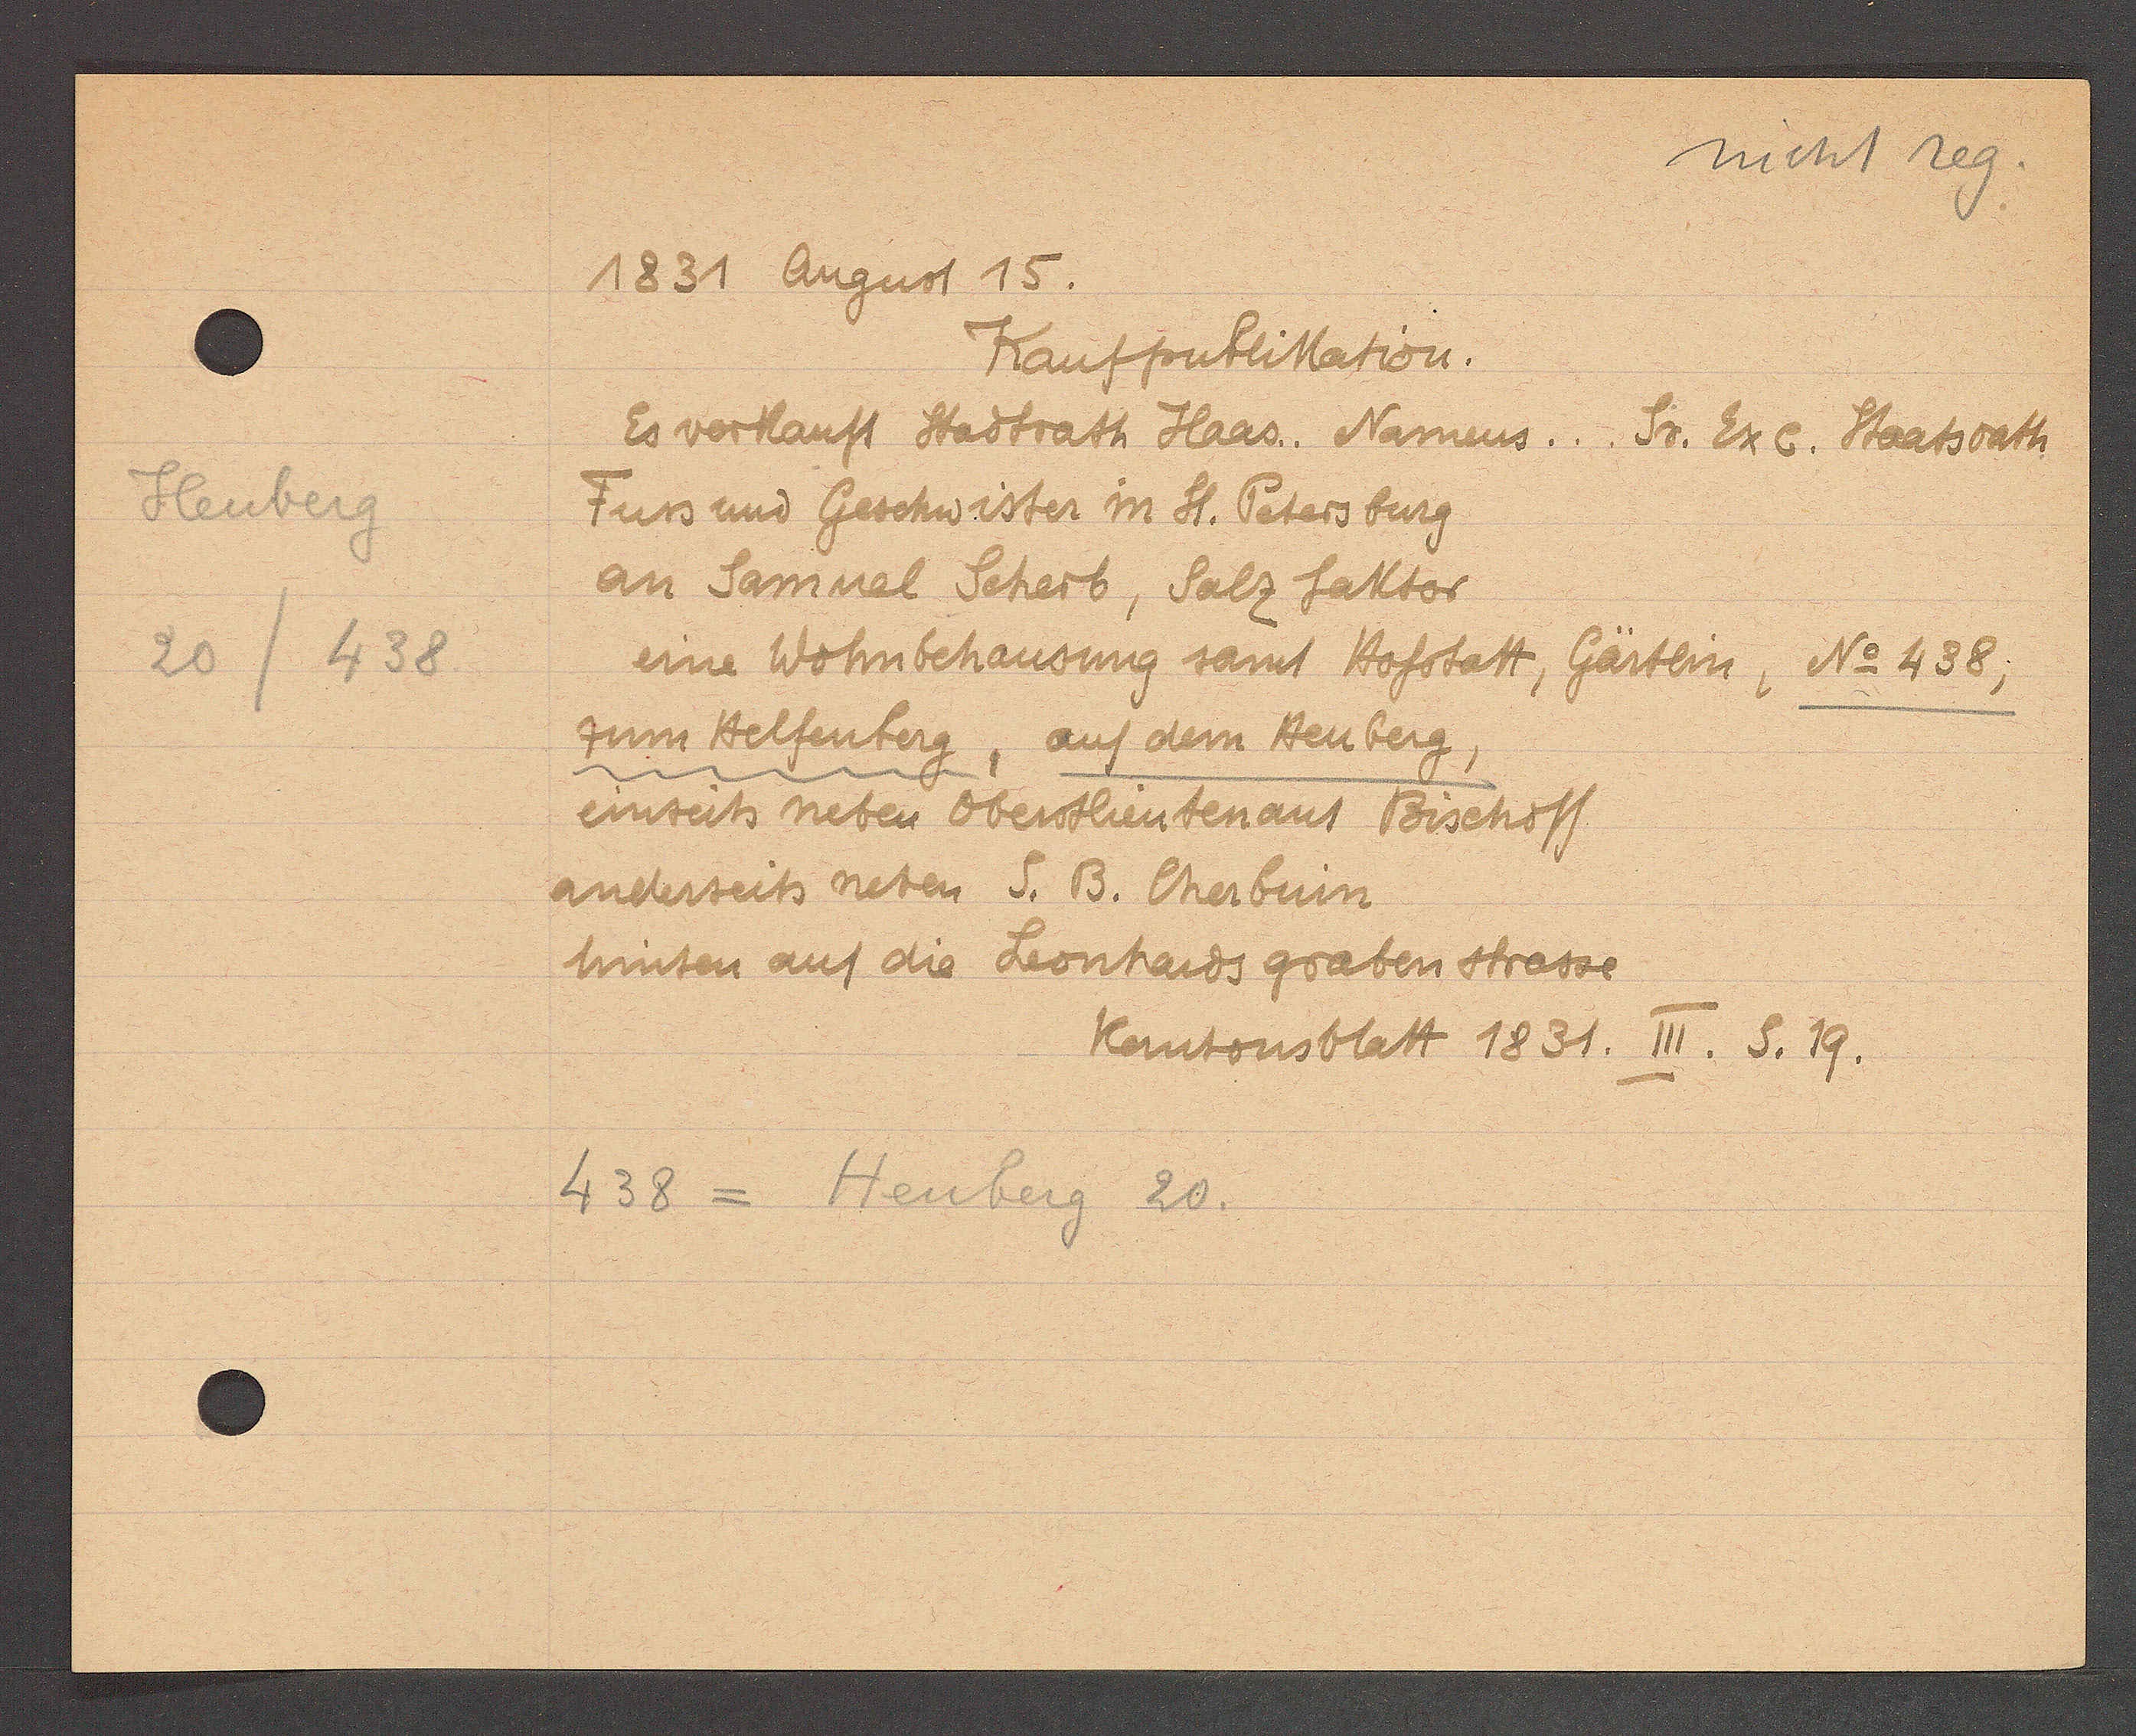
Transcript:
Heuberg
20 /438

1831 August 15.

Kaufpublikation.
Es verkauft Stadtrath Haas.. Nameus... Sr. Exc. Staatsrath
Fuss und Geschwister in St. Petersburg
an Samual Scherb, Salz faktor
eine Wohnbehausung samt Hofstatt, Gärtlin, No 438,
zum Helfenberg, auf dem Heuberg,
einseits neben Oberstlieutenant Bischoff
anderseits neben S. B. Cherbuin
hinten auf die Leonhardsgrabenstrasse

438 = Heuberg 20.

Kantonsblatt 1831. III. S. 19.